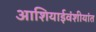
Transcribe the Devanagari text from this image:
आशियाईवंशीयांत